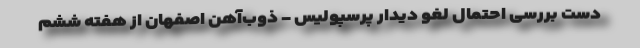
دست بررسی احتمال لغو دیدار پرسپولیس - ذوب‌آهن اصفهان از هفته ششم